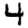
Digit: 4